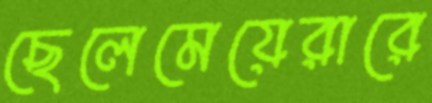
ছেলেমেয়েরারে